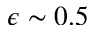
\epsilon \sim 0 . 5